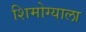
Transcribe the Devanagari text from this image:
शिमोग्याला